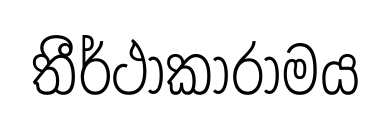
තීර්ථාකාරාමය